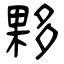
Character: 夥